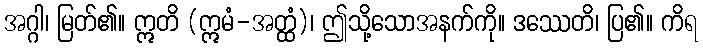
အဂ္ဂါ၊ မြတ်၏။ ဣတိ (ဣမံ-အတ္ထံ)၊ ဤသို့သောအနက်ကို။ ဒဿေတိ၊ ပြ၏။ ကိရ